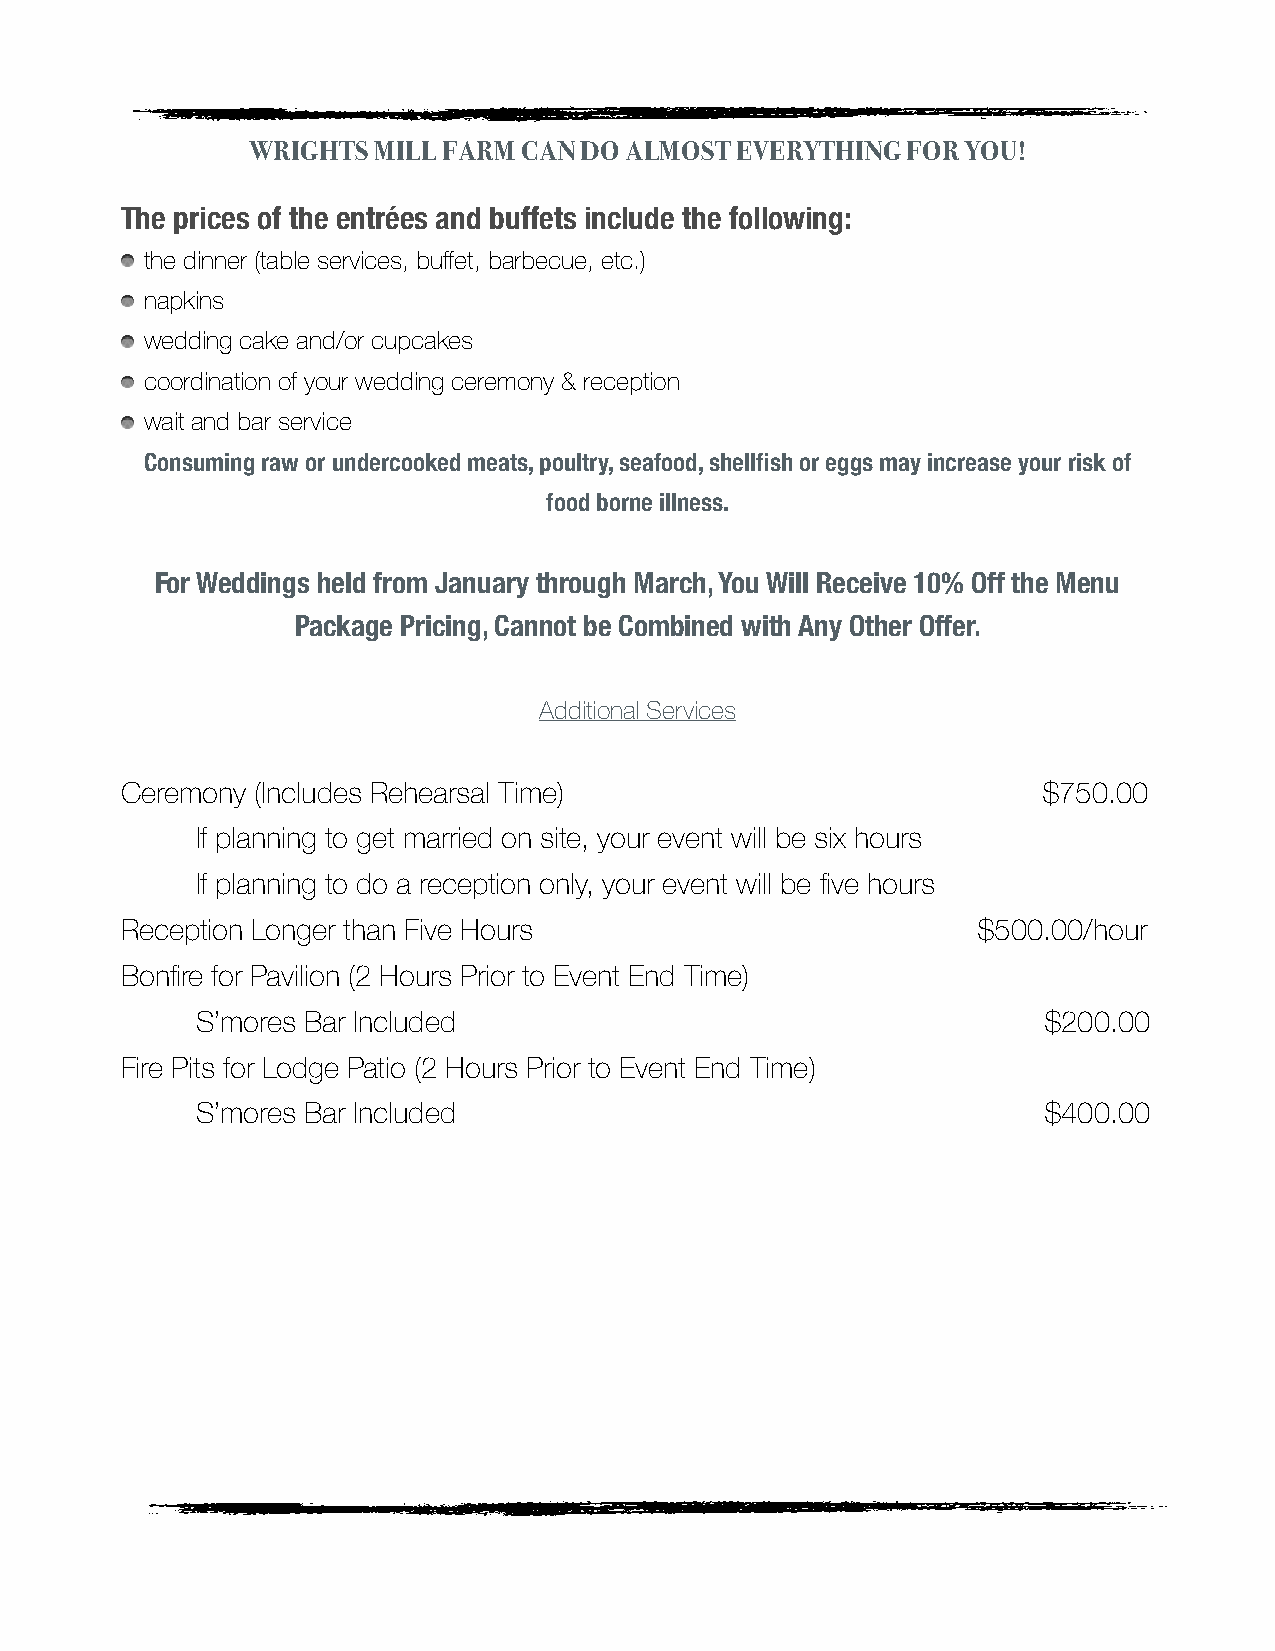
WRIGHTS  MILL FARM CAN DO ALMOST EVERYTHING FOR YOU!
 The prices of the entrées and buffets include the following:
 the dinner (table services, buffet, barbecue, etc.)
 napkins
 wedding cake and/or cupcakes
 coordination of your wedding ceremony & reception
 wait and bar service
 Consuming raw or undercooked meats, poultry, seafood, shellfish or eggs may increase your risk of
 food borne illness.
 For Weddings held from January through March, You Will Receive 10% Off the Menu
 Package Pricing, Cannot be Combined with Any Other Offer.
 Additional Services
 Ceremony (Includes Rehearsal Time)                           $750.00
 If planning to get married on site, your event will be six hours
 If planning to do a reception only, your event will be five hours
 Reception Longer than Five Hours                         $500.00/hour
 Bonfire for Pavilion (2 Hours Prior to Event End Time)
 S’mores Bar Included                                    $200.00
 Fire Pits for Lodge Patio (2 Hours Prior to Event End Time)
 S’mores Bar Included                                    $400.00